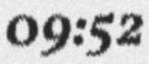
09:52